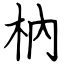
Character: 枘